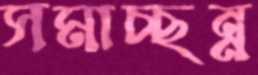
সমাচ্ছন্ন